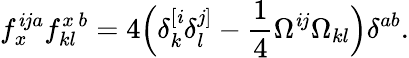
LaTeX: f_{x}^{\mathit{i}ja}f_{kl}^{x\, b}=4\Big(\delta_{k}^{[\mathit{i}}\delta_{l}^{j]}-\frac{{1}}{{4}}\Omega^{\mathit{i}j}\Omega_{kl}\Big)\delta^{ab}.